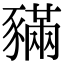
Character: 𧱼